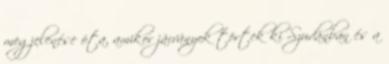
megjelenése óta, amikor járványok törtek ki Szudánban és a